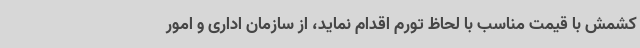
کشمش با قیمت مناسب با لحاظ تورم اقدام نماید، از سازمان اداری و امور